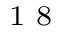
^ \textrm { \scriptsize 1 8 }